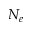
N _ { e }